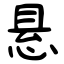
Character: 悬